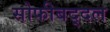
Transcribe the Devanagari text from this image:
सोफीबद्दल